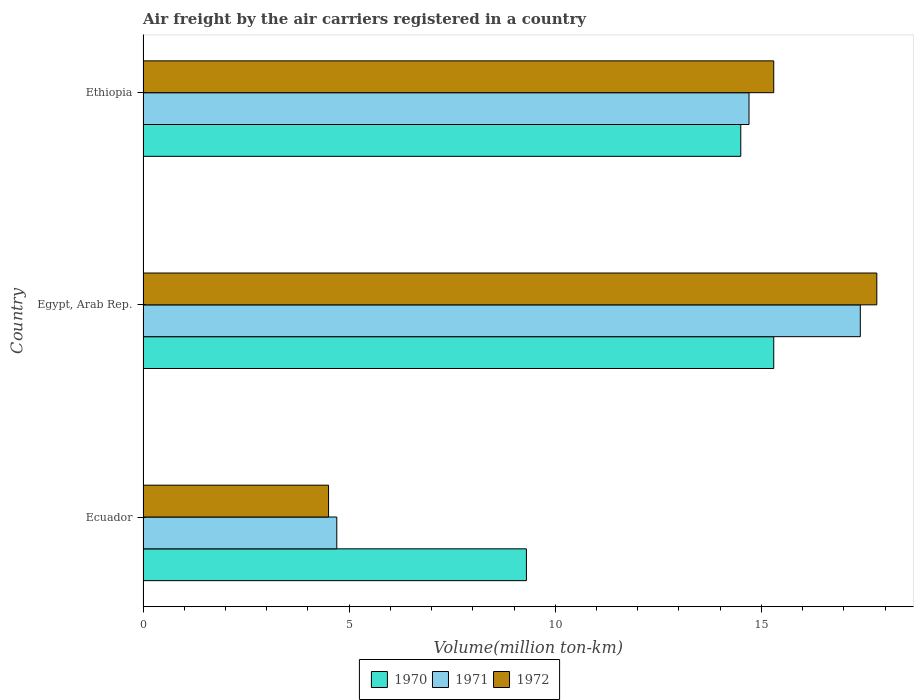
| Country | 1970 | 1971 | 1972 |
 | --- | --- | --- | --- |
 | Ecuador | 9.3 | 4.7 | 4.5 |
 | Egypt, Arab Rep. | 15.3 | 17.4 | 17.8 |
 | Ethiopia | 14.5 | 14.7 | 15.3 |